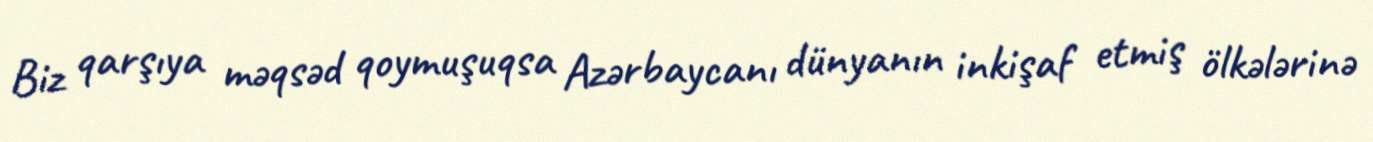
Biz qarşıya məqsəd qoymuşuqsa Azərbaycanı dünyanın inkişaf etmiş ölkələrinə